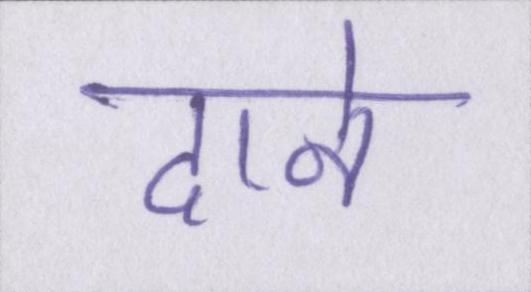
दाने